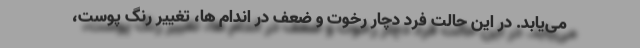
می‌یابد. در این حالت فرد دچار رخوت و ضعف در اندام ها، تغییر رنگ پوست،